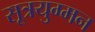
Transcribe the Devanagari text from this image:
सूत्रयुग्मन